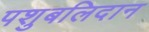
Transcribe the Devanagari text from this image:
पशुबलिदान